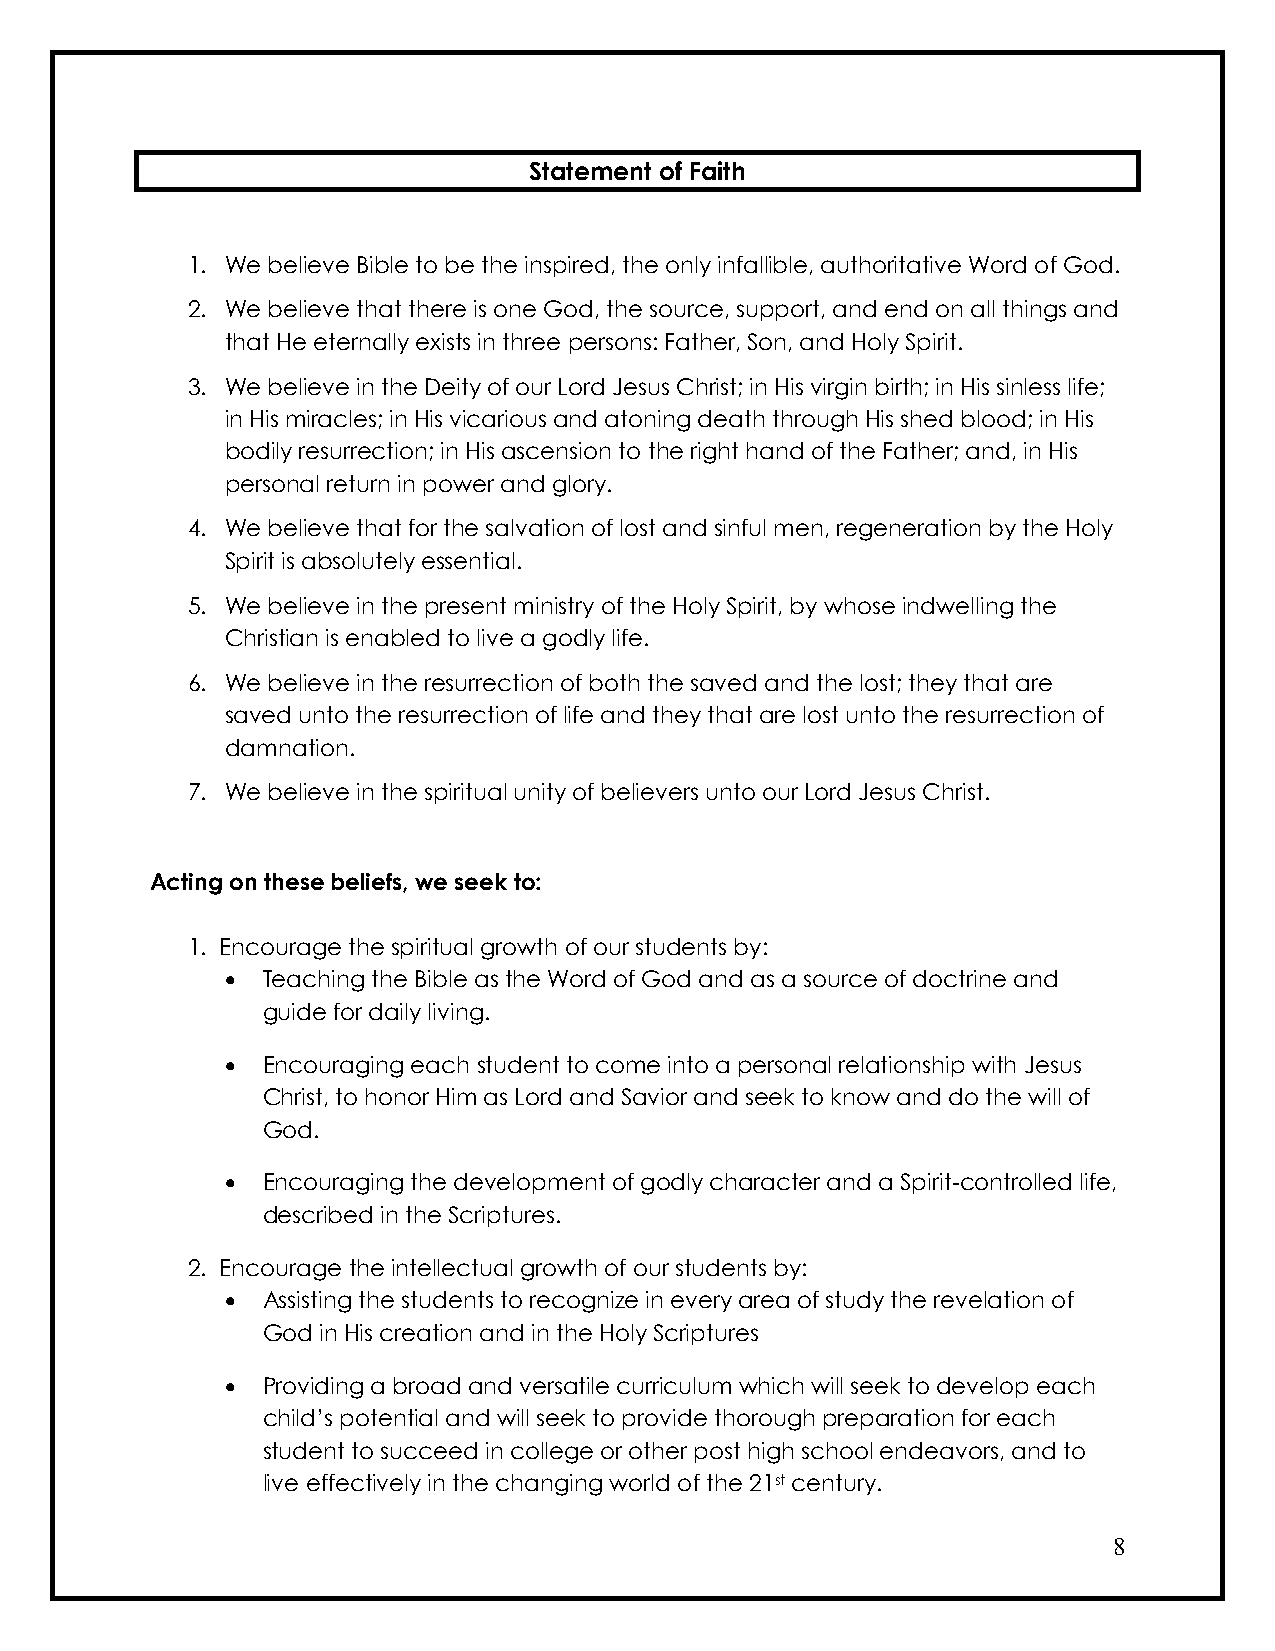
Statement of Faith
 1. We believe Bible to be the inspired, the only infallible, authoritative Word of God.
 2. We believe that there is one God, the source, support, and end on all things and
 that He eternally exists in three persons: Father, Son, and Holy Spirit.
 3. We believe in the Deity of our Lord Jesus Christ; in His virgin birth; in His sinless life;
 in His miracles; in His vicarious and atoning death through His shed blood; in His
 bodily resurrection; in His ascension to the right hand of the Father; and, in His
 personal return in power and glory.
 4. We believe that for the salvation of lost and sinful men, regeneration by the Holy
 Spirit is absolutely essential.
 5. We believe in the present ministry of the Holy Spirit, by whose indwelling the
 Christian is enabled to live a godly life.
 6. We believe in the resurrection of both the saved and the lost; they that are
 saved unto the resurrection of life and they that are lost unto the resurrection of
 damnation.
 7. We believe in the spiritual unity of believers unto our Lord Jesus Christ.
 Acting on these beliefs, we seek to:
 1. Encourage the spiritual growth of our students by:
 • Teaching the Bible as the Word of God and as a source of doctrine and
 guide for daily living.
 • Encouraging each student to come into a personal relationship with Jesus
 Christ, to honor Him as Lord and Savior and seek to know and do the will of
 God.
 • Encouraging the development of godly character and a Spirit-controlled life,
 described in the Scriptures.
 2. Encourage the intellectual growth of our students by:
 • Assisting the students to recognize in every area of study the revelation of
 God in His creation and in the Holy Scriptures
 • Providing a broad and versatile curriculum which will seek to develop each
 child’s potential and will seek to provide thorough preparation for each
 student to succeed in college or other post high school endeavors, and to
 live effectively in the changing world of the 21st century.
 8